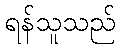
ရန်သူသည်